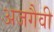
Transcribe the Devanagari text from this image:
अजगैवी